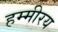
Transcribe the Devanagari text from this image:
हम्मीरय